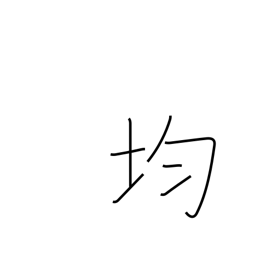
Meaning: level